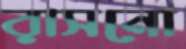
রাসনো